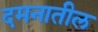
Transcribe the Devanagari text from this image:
दमनातील